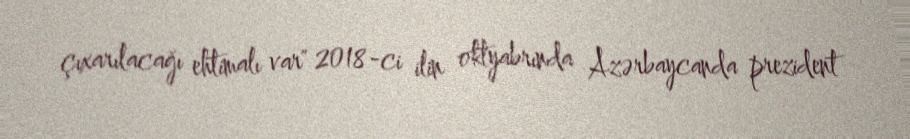
çıxarılacağı ehtimalı var" 2018-ci ilin oktyabrında Azərbaycanda prezident